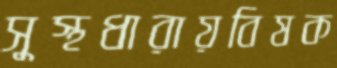
সুস্থধারায়বিষক